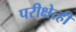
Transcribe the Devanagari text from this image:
परीक्षेत्ही